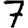
Digit: 7